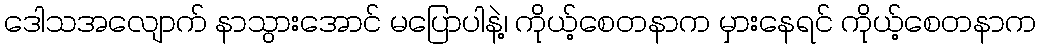
ဒေါသအလျောက် နာသွားအောင် မပြောပါနဲ့၊ ကိုယ့်စေတနာက မှားနေရင် ကိုယ့်စေတနာက